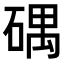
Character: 𥔘